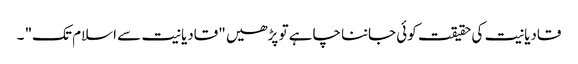
قادیانیت کی حقیقت کوئی جاننا چاہے تو پڑھیں "قادیانیت سے اسلام تک" ۔